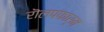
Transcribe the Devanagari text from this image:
रॊलपफार्म